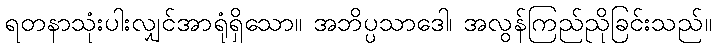
ရတနာသုံးပါးလျှင်အာရုံရှိသော။ အဘိပ္ပသာဒေါ၊ အလွန်ကြည်ညိုခြင်းသည်။